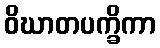
ဝိဃာတပက္ခိကာ